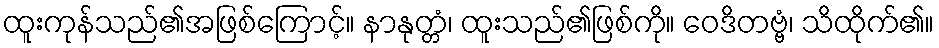
ထူးကုန်သည်၏အဖြစ်ကြောင့်။ နာနုတ္တံ၊ ထူးသည်၏ဖြစ်ကို။ ဝေဒိတဗ္ဗံ၊ သိထိုက်၏။